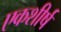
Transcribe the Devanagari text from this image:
एकशीर्ष